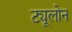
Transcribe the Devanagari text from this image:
ट्यूलोन